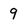
Character: 9